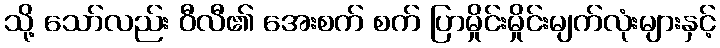
သို့ သော်လည်း ဝီလီ၏ အေးစက် စက် ပြာမှိုင်းမှိုင်းမျက်လုံးများနှင့်